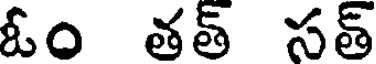
ఓం తత్ సత్